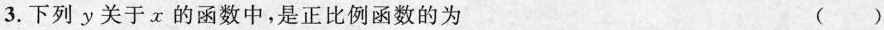
3.下列y关于x的函数中，是正比例函数的为 ( )